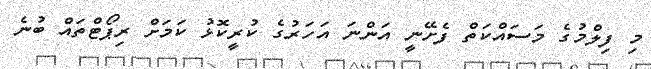
މި ފިލްމުގެ މަސައްކަތް ފެށޭނީ އަންނަ އަހަރުގެ ކުރީކޮޅު ކަމަށް ރިޕޯޓްތައް ބުނެ